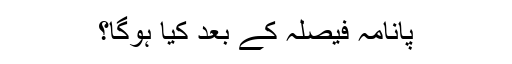
پانامہ فیصلہ کے بعد کیا ہوگا؟